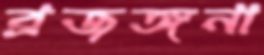
ব্রজঙ্গনা